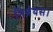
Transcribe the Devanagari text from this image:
निश्रेयस।